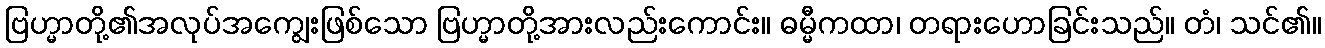
ဗြဟ္မာတို့၏အလုပ်အကျွေးဖြစ်သော ဗြဟ္မာတို့အားလည်းကောင်း။ ဓမ္မီကထာ၊ တရားဟောခြင်းသည်။ တံ၊ သင်၏။